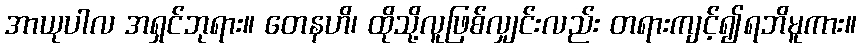
အာယုပါလ အရှင်ဘုရား။ တေနဟိ၊ ထိုသို့လူဖြစ်လျှင်းလည်း တရားကျင့်၍ရဘိမူကား။